Civil Veterinary Dept. Bombay admin report 1900-1906 - 1900-1906
Year: 1900
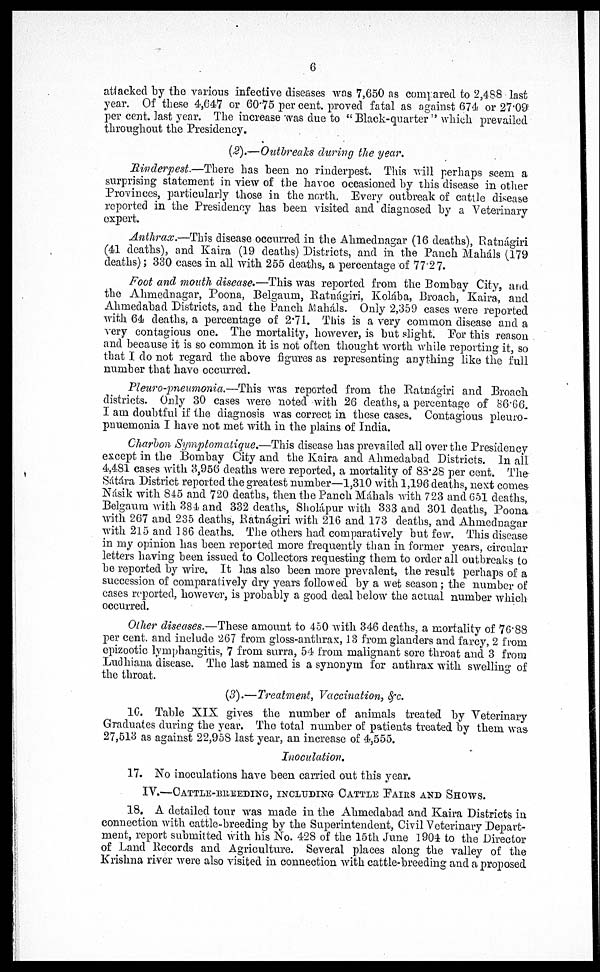
6
attacked by the various infective diseases was 7,650 as compared to 2,488 last
year. Of these 4,647 or 60.75 per cent. proved fatal as against 674 or 27.09
per cent. last year. The increase was due to "Black-quarter" which prevailed
throughout the Presidency.
(2).—Outbreaks during the year.
Rinderpest.—There has been no rinderpest. This will perhaps seem a
surprising statement in view of the havoc occasioned by this disease in other
Provinces, particularly those in the north. Every outbreak of cattle disease
reported in the Presidency has been visited and diagnosed by a Veterinary
expert.
Anthrax.—This disease occurred in the Ahmednagar (16 deaths), Ratnágiri
(41 deaths), and Kaira (19 deaths) Districts, and in the Panch Maháls (179
deaths); 330 cases in all with 255 deaths, a percentage of 77.27.
Foot and mouth disease.—This was reported from the Bombay City, and
the Ahmednagar, Poona, Belgaum, Ratnágiri, Kolába, Broach, Kaira, and
Ahmedabad Districts, and the Panch Maháls. Only 2,359 cases were reported
with 64 deaths, a percentage of 2.71. This is a very common disease and a
very contagious one. The mortality, however, is but slight. For this reason
and because it is so common it is not often thought worth while reporting it, so
that I do not regard the above figures as representing anything like the full
number that have occurred.
Pleuro-pneumonia.—This was reported from the Ratnágiri and Broach
districts. Only 30 cases were noted with 26 deaths, a percentage of 86.66.
I am doubtful if the diagnosis was correct in these cases. Contagious pleuro-
pnuemonia I have not met with in the plains of India.
Charbon Symptomatique.—This disease has prevailed all over the Presidency
except in the Bombay City and the Kaira and Ahmedabad Districts. In all
4,481 cases with 3,956 deaths were reported, a mortality of 83.28 per cent. The
Sátára District reported the greatest number—1,310 with 1,196 deaths, next comes
Násik with 845 and 720 deaths, then the Panch Mahals with 723 and 651 deaths,
Belgaum with 384 and 332 deaths, Sholápur with 333 and 301 deaths, Poona
with 267 and 235 deaths, Ratnágiri with 216 and 173 deaths, and Ahmednagar
with 215 and 186 deaths. The others had comparatively but few. This disease
in my opinion has been reported more frequently than in former years, circular
letters having been issued to Collectors requesting them to order all outbreaks to
be reported by wire. It has also been more prevalent, the result perhaps of a
succession of comparatively dry years followed by a wet season; the number of
cases reported, however, is probably a good deal below the actual number which
occurred.
Other diseases.—These amount to 450 with 346 deaths, a mortality of 76.88
per cent. and include 267 from gloss-anthrax, 13 from glanders and farcy, 2 from
epizootic lymphangitis, 7 from surra, 54 from malignant sore throat and 3 from
Ludhiana disease. The last named is a synonym for anthrax with swelling of
the throat.
(3).—Treatment, Vaccination, &c.
16. Table XIX gives the number of animals treated by Veterinary
Graduates during the year. The total number of patients treated by them was
27,513 as against 22,958 last year, an increase of 4,555.
Inoculation.
17. No inoculations have been carried out this year.
IV.—CATTLE-BREEDING, INCLUDING CATTLE FAIRS AND SHOWS.
18. A detailed tour was made in the Ahmedabad and Kaira Districts in
connection with cattle-breeding by the Superintendent, Civil Veterinary Depart-
ment, report submitted with his No. 428 of the 15th June 1904 to the Director
of Land Records and Agriculture. Several places along the valley of the
Krishna river were also visited in connection with cattle-breeding and a proposed